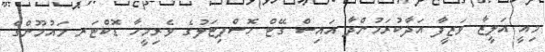
މިއީ އަލީޒާ ވަޒީފާ އަދާކުރަމުންދާ އައިސް ގޭޓް ހޮސްޕިޓަލުގެ ވެރިމީހާ ޑޮކްޓަރ މައުމޫންގެ